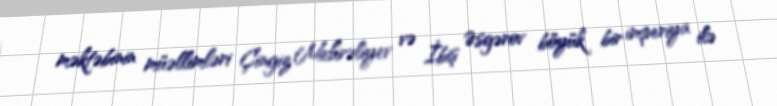
məktəbinin müəllimləri Çingiz Mehrəliyev və İbiş Əsgərov böyük bir imperiya ilə